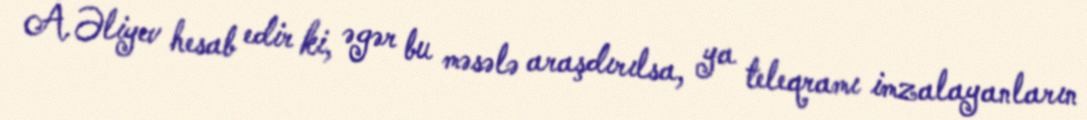
A.Əliyev hesab edir ki, əgər bu məsələ araşdırılsa, ya teleqramı imzalayanların